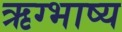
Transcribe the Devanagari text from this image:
ऋग्भाष्य